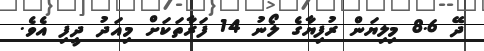
ދޭ 8.6 މިލިޔަން ރުފިޔާގެ ލޯނު 14 ފަރާތަކަށް މިއަދު ދީފި އެވެ.